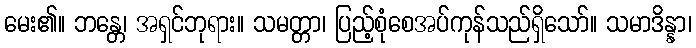
မေး၏။ ဘန္တေ၊ အရှင်ဘုရား။ သမတ္တာ၊ ပြည့်စုံစေအပ်ကုန်သည်ရှိသော်။ သမာဒိန္နာ၊